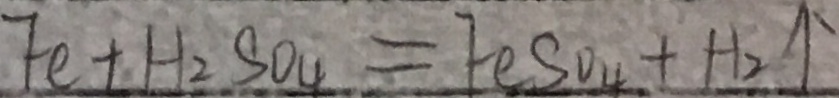
F e + H _ { 2 } S O _ { 4 } = F e S O _ { 4 } + H _ { 2 } \uparrow